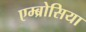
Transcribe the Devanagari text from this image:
एम्ब्रोसिया